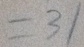
= 3 1